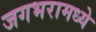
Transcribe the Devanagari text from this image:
जगभरामध्ये